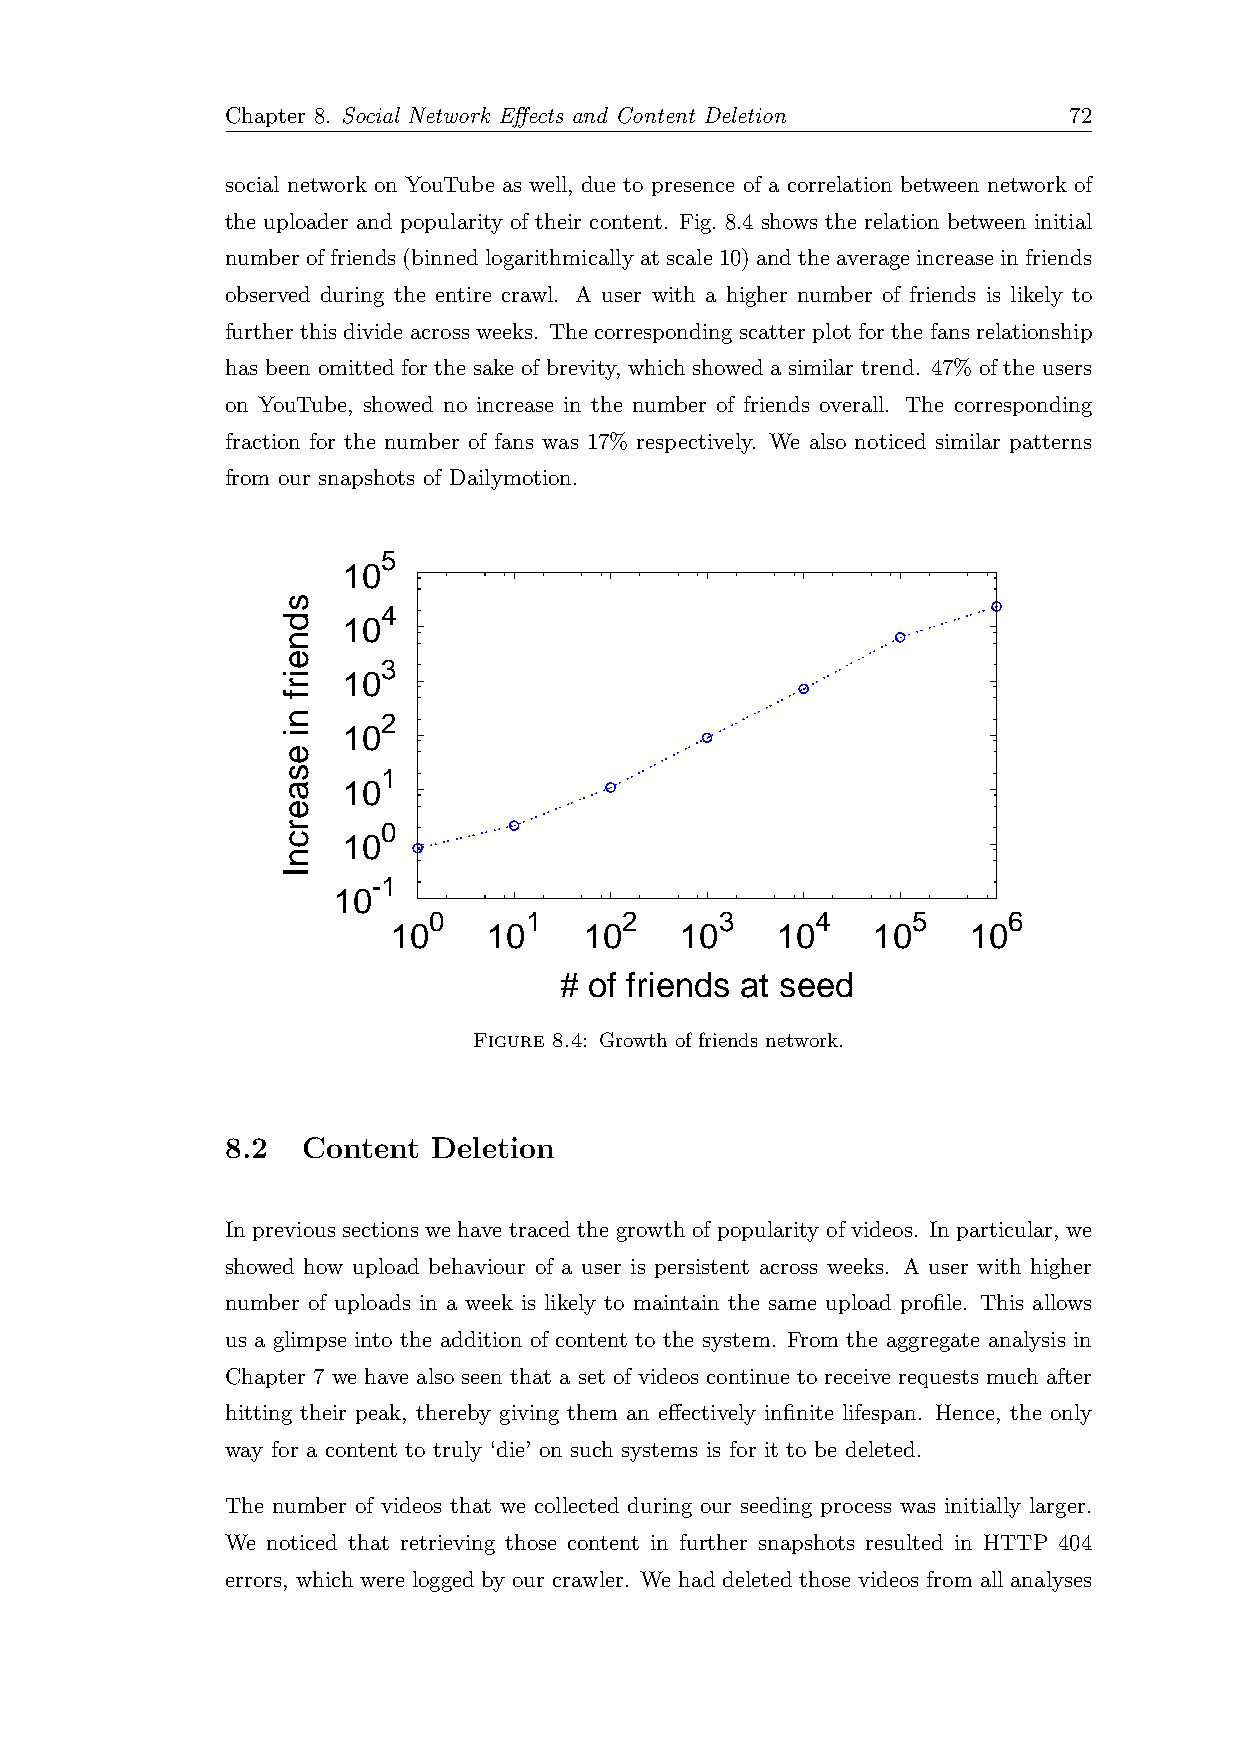
Chapter 8. Social Network Effects and Content Deletion  72
 social network on YouTube as well, due to presence of a correlation between network of
 the uploader and popularity of their content. Fig. 8.4 shows the relation between initial
 numberoffriends(binnedlogarithmicallyatscale10)andtheaverageincreaseinfriends
 observed during the entire crawl. A user with a higher number of friends is likely to
 further this divide across weeks. The corresponding scatter plot for the fans relationship
 has been omitted for the sake of brevity, which showed a similar trend. 47% of the users
 on YouTube, showed no increase in the number of friends overall. The corresponding
 fraction for the number of fans was 17% respectively. We also noticed similar patterns
 from our snapshots of Dailymotion.
 5
 10
 4
 10
 3
 10
 2
 10
 1
 10
 0
 10
 -1
 10
 0      1     2      3     4     5      6
 10    10     10    10    10     10    10
 # of friends at seed
 Figure 8.4: Growth of friends network.
 8.2  Content  Deletion
 In previous sections we have traced the growth of popularity of videos. In particular, we
 showed how upload behaviour of a user is persistent across weeks. A user with higher
 number of uploads in a week is likely to maintain the same upload profile. This allows
 us a glimpse into the addition of content to the system. From the aggregate analysis in
 Chapter 7 we have also seen that a set of videos continue to receive requests much after
 hitting their peak, thereby giving them an effectively infinite lifespan. Hence, the only
 way for a content to truly ‘die’ on such systems is for it to be deleted.
 The number of videos that we collected during our seeding process was initially larger.
 We noticed that retrieving those content in further snapshots resulted in HTTP 404
 errors, which were logged by our crawler. We had deleted those videos from all analyses
 sdneirf
 ni
 esaercnI